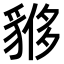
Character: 𧳤